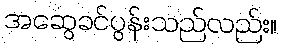
အဆွေခင်ပွန်းသည်လည်း။